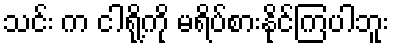
သင်း က ငါရို့ကို မရိပ်စားနိုင်ကြပါဘူး